Report of the Lahore Medical School Hospital
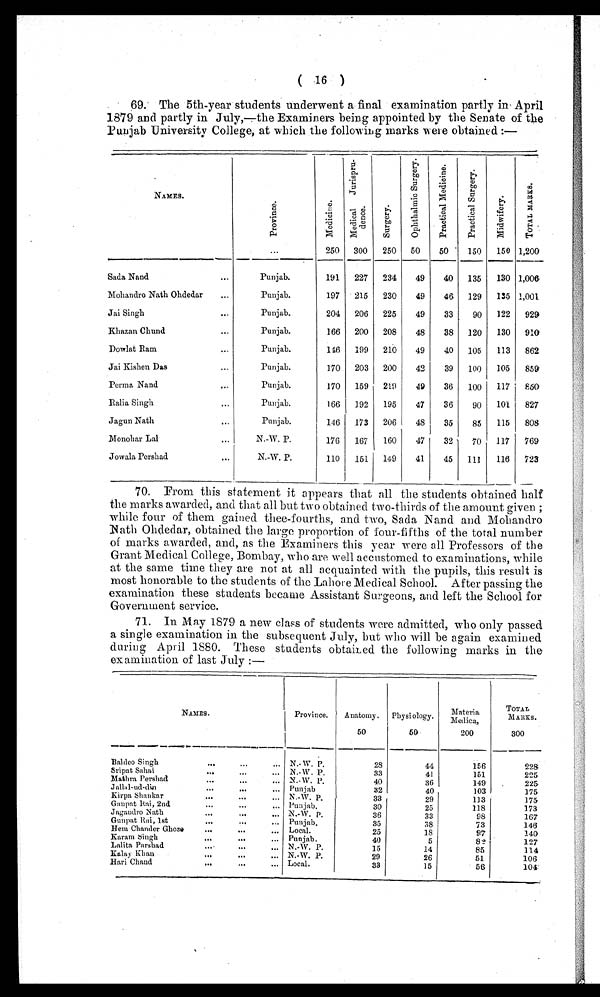
( 16 )
69. The 5th-year students underwent a final examination partly in April
1879 and partly in July,—the Examiners being appointed by the Senate of the
Punjab University College, at which the following marks were obtained :—
NAMES.
P r o v i n c e .
...
M e d i c i n e .
250
M e d i c a l J u r i s p r u - d e n c e .
300
S u r g e r y .
250
O p h t h a l m i c S u r g e r y .
50
P r a c t i c a l M e d i c i n e .
50
P r a c t i c a l S u r g e r y .
150
M i d w i f e r y .
150
T O T A L M A R K S .
1,200
Sada Nand
...
Punjab.
191
227 234
49
40 135
130 1,006
Mohandro Nath Ohdedar ...
Punjab.
197
215
230
49
46 129
135 1,001
Jai Singh
...
Punjab.
204 206 225
49
33
90
122 929
Khazan Chund
...
Punjab.
166 200 208
48
38 120
130 910
Dowlat Ram
...
Punjab.
146
199 210
49
40 105
113 862
Jai Kishen Das ...
Punjab.
170 203 200
42
39
100
105
859
Perma Nand
...
Punjab.
170 159 219
49
36
100
117
860
Ralia Singh
...
Punjab.
166 192
195
47
36
90
101
827
Jagun Nath
...
Punjab.
146
173
206
48
35
85
115
808
Monohar Lal
...
N.-W. P.
176
167
160
47
32
70 117
769
Jowala Pershad ...
N.-W. P.
110
151 149
41
45
1 1 1
116
723
70. From this statement it appears that all the students obtained half
the marks awarded, and that all but two obtained two-thirds of the amount given ;
while four of them gained thee-fourths, and two, Sada Nand and Mohandro
Nath Ohdedar, obtained the large proportion of four-fifths of the total number
of marks awarded, and, as the Examiners this y ear were all Professors of the
Grant Medical College, Bombay, who are well accustomed to examinations, while
at the same time they are not at all acquainted with the pupils, this result is
most honorable to the students of the Lahore Medical School. After passing the
examination these students became Assistant Surgeons, and left the School for
Government service.
71. In May 1879 a new class of students were admitted, who only passed
a single examination in the subsequent July, but who will be again examined
during April 1880. These students obtained the following marks in the
examination of last July :—
NAMES.
Province.
Anatomy.
50
Physiology.
50
Materia
Medica,
200
TOTAL
MARKS.
300
Baldeo Singh ... ... ...
N.-W. P.
28
44
156
228
Sripat Sahai ... ... ...
N.-W. P.
33
41
151
225
Mathra Pershad ... ... ...
N.-W. P.
40
36
149
225
Jallal-ud-din ... ... ...
Punjab
32
40
103
175
Kirpa Shankar ... ... ...
N.-W. P.
33
29
113
175
Gaupat Rai, 2nd ... ... ...
Punjab.
30
25
118
173
Jagandro Nath ... ... ...
N.-W. P.
36
33
98
167
Gunpat Rai, 1st ... ... ...
Punjab.
35
38
73
146
Hem Chander Ghose ... ... ...
Local.
25
18
9 7
140
Karam Singh ... ... ...
Punjab.
40
5
82
127
Lalita Parshad ... ... ...
N.-W. P.
15
14
85
114
Kalay Khan ... ... ...
N.-W. P.
29
26
51
106
Hari Chand ... ... ...
Local.
33
15
56
104